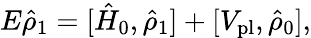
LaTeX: E\hat{\rho}_{1}=[\hat{H}_{0},\hat{\rho}_{1}]+[V_{\mathrm{pl}},\hat{\rho}_{0}],